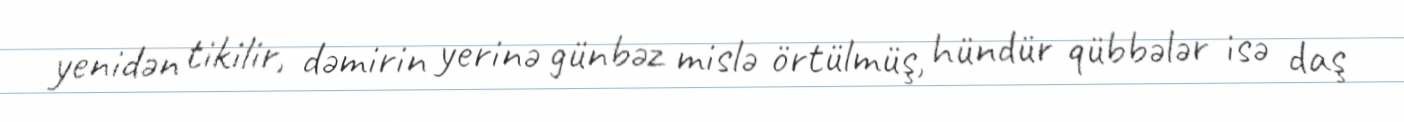
yenidən tikilir, dəmirin yerinə günbəz mislə örtülmüş, hündür qübbələr isə daş